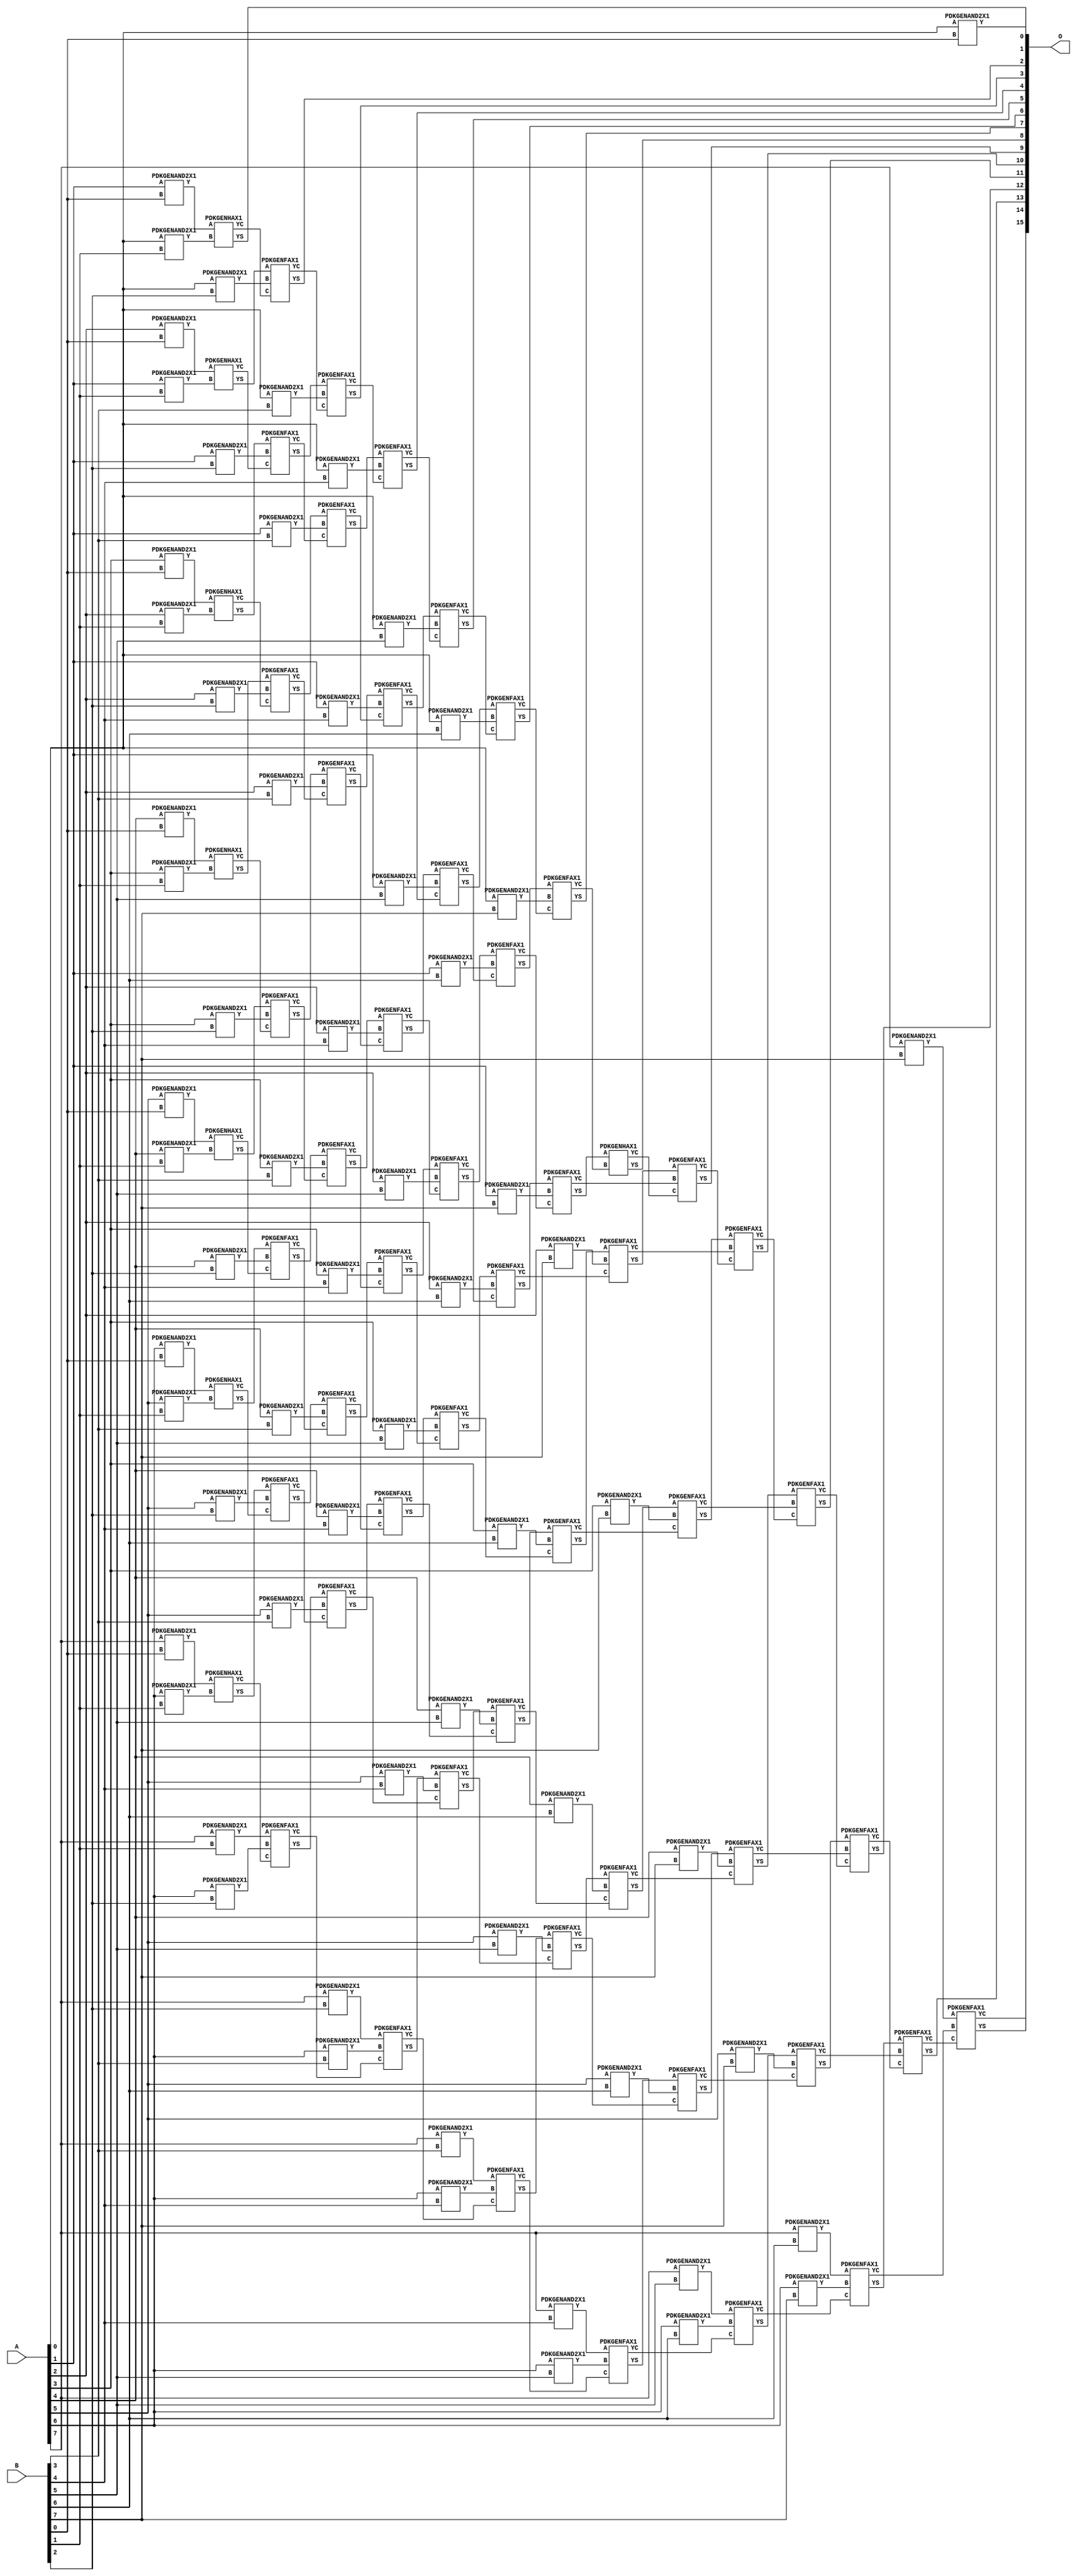
/***
* This code is a part of EvoApproxLib library (ehw.fit.vutbr.cz/approxlib) distributed under The MIT License.
* When used, please cite the following article(s): V. Mrazek, R. Hrbacek, Z. Vasicek and L. Sekanina, "EvoApprox8b: Library of approximate adders and multipliers for circuit design and benchmarking of approximation methods". Design, Automation & Test in Europe Conference & Exhibition (DATE), 2017, Lausanne, 2017, pp. 258-261. doi: 10.23919/DATE.2017.7926993 
* This file contains a circuit from a sub-set of pareto optimal circuits with respect to the pwr and mae parameters
***/
// MAE% = 0.00 %
// MAE = 0 
// WCE% = 0.00 %
// WCE = 0 
// WCRE% = 0.00 %
// EP% = 0.00 %
// MRE% = 0.00 %
// MSE = 0 
// PDK45_PWR = 0.391 mW
// PDK45_AREA = 709.6 um2
// PDK45_DELAY = 1.43 ns



module mul8u_1JJQ(A, B, O);
  input [7:0] A;
  input [7:0] B;
  output [15:0] O;
  wire [2031:0] N;

  assign N[0] = A[0];
  assign N[1] = A[0];
  assign N[2] = A[1];
  assign N[3] = A[1];
  assign N[4] = A[2];
  assign N[5] = A[2];
  assign N[6] = A[3];
  assign N[7] = A[3];
  assign N[8] = A[4];
  assign N[9] = A[4];
  assign N[10] = A[5];
  assign N[11] = A[5];
  assign N[12] = A[6];
  assign N[13] = A[6];
  assign N[14] = A[7];
  assign N[15] = A[7];
  assign N[16] = B[0];
  assign N[17] = B[0];
  assign N[18] = B[1];
  assign N[19] = B[1];
  assign N[20] = B[2];
  assign N[21] = B[2];
  assign N[22] = B[3];
  assign N[23] = B[3];
  assign N[24] = B[4];
  assign N[25] = B[4];
  assign N[26] = B[5];
  assign N[27] = B[5];
  assign N[28] = B[6];
  assign N[29] = B[6];
  assign N[30] = B[7];
  assign N[31] = B[7];

  PDKGENAND2X1 n32(.A(N[0]), .B(N[16]), .Y(N[32]));
  PDKGENAND2X1 n34(.A(N[2]), .B(N[16]), .Y(N[34]));
  PDKGENAND2X1 n36(.A(N[4]), .B(N[16]), .Y(N[36]));
  PDKGENAND2X1 n38(.A(N[6]), .B(N[16]), .Y(N[38]));
  PDKGENAND2X1 n40(.A(N[8]), .B(N[16]), .Y(N[40]));
  PDKGENAND2X1 n42(.A(N[10]), .B(N[16]), .Y(N[42]));
  PDKGENAND2X1 n44(.A(N[12]), .B(N[16]), .Y(N[44]));
  PDKGENAND2X1 n46(.A(N[14]), .B(N[16]), .Y(N[46]));
  PDKGENAND2X1 n48(.A(N[0]), .B(N[18]), .Y(N[48]));
  PDKGENAND2X1 n50(.A(N[2]), .B(N[18]), .Y(N[50]));
  PDKGENAND2X1 n52(.A(N[4]), .B(N[18]), .Y(N[52]));
  PDKGENAND2X1 n54(.A(N[6]), .B(N[18]), .Y(N[54]));
  PDKGENAND2X1 n56(.A(N[8]), .B(N[18]), .Y(N[56]));
  PDKGENAND2X1 n58(.A(N[10]), .B(N[18]), .Y(N[58]));
  PDKGENAND2X1 n60(.A(N[12]), .B(N[18]), .Y(N[60]));
  PDKGENAND2X1 n62(.A(N[14]), .B(N[18]), .Y(N[62]));
  PDKGENHAX1 n64(.A(N[34]), .B(N[48]), .YS(N[64]), .YC(N[65]));
  PDKGENHAX1 n66(.A(N[36]), .B(N[50]), .YS(N[66]), .YC(N[67]));
  PDKGENHAX1 n68(.A(N[38]), .B(N[52]), .YS(N[68]), .YC(N[69]));
  PDKGENHAX1 n70(.A(N[40]), .B(N[54]), .YS(N[70]), .YC(N[71]));
  PDKGENHAX1 n72(.A(N[42]), .B(N[56]), .YS(N[72]), .YC(N[73]));
  PDKGENHAX1 n74(.A(N[44]), .B(N[58]), .YS(N[74]), .YC(N[75]));
  PDKGENHAX1 n76(.A(N[46]), .B(N[60]), .YS(N[76]), .YC(N[77]));
  PDKGENAND2X1 n78(.A(N[0]), .B(N[20]), .Y(N[78]));
  PDKGENAND2X1 n80(.A(N[2]), .B(N[20]), .Y(N[80]));
  PDKGENAND2X1 n82(.A(N[4]), .B(N[20]), .Y(N[82]));
  PDKGENAND2X1 n84(.A(N[6]), .B(N[20]), .Y(N[84]));
  PDKGENAND2X1 n86(.A(N[8]), .B(N[20]), .Y(N[86]));
  PDKGENAND2X1 n88(.A(N[10]), .B(N[20]), .Y(N[88]));
  PDKGENAND2X1 n90(.A(N[12]), .B(N[20]), .Y(N[90]));
  PDKGENAND2X1 n92(.A(N[14]), .B(N[20]), .Y(N[92]));
  PDKGENFAX1 n94(.A(N[66]), .B(N[78]), .C(N[65]), .YS(N[94]), .YC(N[95]));
  PDKGENFAX1 n96(.A(N[68]), .B(N[80]), .C(N[67]), .YS(N[96]), .YC(N[97]));
  PDKGENFAX1 n98(.A(N[70]), .B(N[82]), .C(N[69]), .YS(N[98]), .YC(N[99]));
  PDKGENFAX1 n100(.A(N[72]), .B(N[84]), .C(N[71]), .YS(N[100]), .YC(N[101]));
  PDKGENFAX1 n102(.A(N[74]), .B(N[86]), .C(N[73]), .YS(N[102]), .YC(N[103]));
  PDKGENFAX1 n104(.A(N[76]), .B(N[88]), .C(N[75]), .YS(N[104]), .YC(N[105]));
  PDKGENFAX1 n106(.A(N[62]), .B(N[90]), .C(N[77]), .YS(N[106]), .YC(N[107]));
  PDKGENAND2X1 n108(.A(N[0]), .B(N[22]), .Y(N[108]));
  PDKGENAND2X1 n110(.A(N[2]), .B(N[22]), .Y(N[110]));
  PDKGENAND2X1 n112(.A(N[4]), .B(N[22]), .Y(N[112]));
  PDKGENAND2X1 n114(.A(N[6]), .B(N[22]), .Y(N[114]));
  PDKGENAND2X1 n116(.A(N[8]), .B(N[22]), .Y(N[116]));
  PDKGENAND2X1 n118(.A(N[10]), .B(N[22]), .Y(N[118]));
  PDKGENAND2X1 n120(.A(N[12]), .B(N[22]), .Y(N[120]));
  PDKGENAND2X1 n122(.A(N[14]), .B(N[22]), .Y(N[122]));
  PDKGENFAX1 n124(.A(N[96]), .B(N[108]), .C(N[95]), .YS(N[124]), .YC(N[125]));
  PDKGENFAX1 n126(.A(N[98]), .B(N[110]), .C(N[97]), .YS(N[126]), .YC(N[127]));
  PDKGENFAX1 n128(.A(N[100]), .B(N[112]), .C(N[99]), .YS(N[128]), .YC(N[129]));
  PDKGENFAX1 n130(.A(N[102]), .B(N[114]), .C(N[101]), .YS(N[130]), .YC(N[131]));
  PDKGENFAX1 n132(.A(N[104]), .B(N[116]), .C(N[103]), .YS(N[132]), .YC(N[133]));
  PDKGENFAX1 n134(.A(N[106]), .B(N[118]), .C(N[105]), .YS(N[134]), .YC(N[135]));
  PDKGENFAX1 n136(.A(N[92]), .B(N[120]), .C(N[107]), .YS(N[136]), .YC(N[137]));
  PDKGENAND2X1 n138(.A(N[0]), .B(N[24]), .Y(N[138]));
  PDKGENAND2X1 n140(.A(N[2]), .B(N[24]), .Y(N[140]));
  PDKGENAND2X1 n142(.A(N[4]), .B(N[24]), .Y(N[142]));
  PDKGENAND2X1 n144(.A(N[6]), .B(N[24]), .Y(N[144]));
  PDKGENAND2X1 n146(.A(N[8]), .B(N[24]), .Y(N[146]));
  PDKGENAND2X1 n148(.A(N[10]), .B(N[24]), .Y(N[148]));
  PDKGENAND2X1 n150(.A(N[12]), .B(N[24]), .Y(N[150]));
  PDKGENAND2X1 n152(.A(N[14]), .B(N[24]), .Y(N[152]));
  PDKGENFAX1 n154(.A(N[126]), .B(N[138]), .C(N[125]), .YS(N[154]), .YC(N[155]));
  PDKGENFAX1 n156(.A(N[128]), .B(N[140]), .C(N[127]), .YS(N[156]), .YC(N[157]));
  PDKGENFAX1 n158(.A(N[130]), .B(N[142]), .C(N[129]), .YS(N[158]), .YC(N[159]));
  PDKGENFAX1 n160(.A(N[132]), .B(N[144]), .C(N[131]), .YS(N[160]), .YC(N[161]));
  PDKGENFAX1 n162(.A(N[134]), .B(N[146]), .C(N[133]), .YS(N[162]), .YC(N[163]));
  PDKGENFAX1 n164(.A(N[136]), .B(N[148]), .C(N[135]), .YS(N[164]), .YC(N[165]));
  PDKGENFAX1 n166(.A(N[122]), .B(N[150]), .C(N[137]), .YS(N[166]), .YC(N[167]));
  PDKGENAND2X1 n168(.A(N[0]), .B(N[26]), .Y(N[168]));
  PDKGENAND2X1 n170(.A(N[2]), .B(N[26]), .Y(N[170]));
  PDKGENAND2X1 n172(.A(N[4]), .B(N[26]), .Y(N[172]));
  PDKGENAND2X1 n174(.A(N[6]), .B(N[26]), .Y(N[174]));
  PDKGENAND2X1 n176(.A(N[8]), .B(N[26]), .Y(N[176]));
  PDKGENAND2X1 n178(.A(N[10]), .B(N[26]), .Y(N[178]));
  PDKGENAND2X1 n180(.A(N[12]), .B(N[26]), .Y(N[180]));
  PDKGENAND2X1 n182(.A(N[14]), .B(N[26]), .Y(N[182]));
  PDKGENFAX1 n184(.A(N[156]), .B(N[168]), .C(N[155]), .YS(N[184]), .YC(N[185]));
  PDKGENFAX1 n186(.A(N[158]), .B(N[170]), .C(N[157]), .YS(N[186]), .YC(N[187]));
  PDKGENFAX1 n188(.A(N[160]), .B(N[172]), .C(N[159]), .YS(N[188]), .YC(N[189]));
  PDKGENFAX1 n190(.A(N[162]), .B(N[174]), .C(N[161]), .YS(N[190]), .YC(N[191]));
  PDKGENFAX1 n192(.A(N[164]), .B(N[176]), .C(N[163]), .YS(N[192]), .YC(N[193]));
  PDKGENFAX1 n194(.A(N[166]), .B(N[178]), .C(N[165]), .YS(N[194]), .YC(N[195]));
  PDKGENFAX1 n196(.A(N[152]), .B(N[180]), .C(N[167]), .YS(N[196]), .YC(N[197]));
  PDKGENAND2X1 n198(.A(N[0]), .B(N[28]), .Y(N[198]));
  PDKGENAND2X1 n200(.A(N[2]), .B(N[28]), .Y(N[200]));
  PDKGENAND2X1 n202(.A(N[4]), .B(N[28]), .Y(N[202]));
  PDKGENAND2X1 n204(.A(N[6]), .B(N[28]), .Y(N[204]));
  PDKGENAND2X1 n206(.A(N[8]), .B(N[28]), .Y(N[206]));
  PDKGENAND2X1 n208(.A(N[10]), .B(N[28]), .Y(N[208]));
  PDKGENAND2X1 n210(.A(N[12]), .B(N[28]), .Y(N[210]));
  PDKGENAND2X1 n212(.A(N[14]), .B(N[28]), .Y(N[212]));
  PDKGENFAX1 n214(.A(N[186]), .B(N[198]), .C(N[185]), .YS(N[214]), .YC(N[215]));
  PDKGENFAX1 n216(.A(N[188]), .B(N[200]), .C(N[187]), .YS(N[216]), .YC(N[217]));
  PDKGENFAX1 n218(.A(N[190]), .B(N[202]), .C(N[189]), .YS(N[218]), .YC(N[219]));
  PDKGENFAX1 n220(.A(N[192]), .B(N[204]), .C(N[191]), .YS(N[220]), .YC(N[221]));
  PDKGENFAX1 n222(.A(N[194]), .B(N[206]), .C(N[193]), .YS(N[222]), .YC(N[223]));
  PDKGENFAX1 n224(.A(N[196]), .B(N[208]), .C(N[195]), .YS(N[224]), .YC(N[225]));
  PDKGENFAX1 n226(.A(N[182]), .B(N[210]), .C(N[197]), .YS(N[226]), .YC(N[227]));
  PDKGENAND2X1 n228(.A(N[0]), .B(N[30]), .Y(N[228]));
  PDKGENAND2X1 n230(.A(N[2]), .B(N[30]), .Y(N[230]));
  PDKGENAND2X1 n232(.A(N[4]), .B(N[30]), .Y(N[232]));
  PDKGENAND2X1 n234(.A(N[6]), .B(N[30]), .Y(N[234]));
  PDKGENAND2X1 n236(.A(N[8]), .B(N[30]), .Y(N[236]));
  PDKGENAND2X1 n238(.A(N[10]), .B(N[30]), .Y(N[238]));
  PDKGENAND2X1 n240(.A(N[12]), .B(N[30]), .Y(N[240]));
  PDKGENAND2X1 n242(.A(N[14]), .B(N[30]), .Y(N[242]));
  PDKGENFAX1 n244(.A(N[216]), .B(N[228]), .C(N[215]), .YS(N[244]), .YC(N[245]));
  PDKGENFAX1 n246(.A(N[218]), .B(N[230]), .C(N[217]), .YS(N[246]), .YC(N[247]));
  PDKGENFAX1 n248(.A(N[220]), .B(N[232]), .C(N[219]), .YS(N[248]), .YC(N[249]));
  PDKGENFAX1 n250(.A(N[222]), .B(N[234]), .C(N[221]), .YS(N[250]), .YC(N[251]));
  PDKGENFAX1 n252(.A(N[224]), .B(N[236]), .C(N[223]), .YS(N[252]), .YC(N[253]));
  PDKGENFAX1 n254(.A(N[226]), .B(N[238]), .C(N[225]), .YS(N[254]), .YC(N[255]));
  PDKGENFAX1 n256(.A(N[212]), .B(N[240]), .C(N[227]), .YS(N[256]), .YC(N[257]));
  PDKGENHAX1 n258(.A(N[246]), .B(N[245]), .YS(N[258]), .YC(N[259]));
  PDKGENFAX1 n260(.A(N[248]), .B(N[247]), .C(N[259]), .YS(N[260]), .YC(N[261]));
  PDKGENFAX1 n262(.A(N[250]), .B(N[249]), .C(N[261]), .YS(N[262]), .YC(N[263]));
  PDKGENFAX1 n264(.A(N[252]), .B(N[251]), .C(N[263]), .YS(N[264]), .YC(N[265]));
  PDKGENFAX1 n266(.A(N[254]), .B(N[253]), .C(N[265]), .YS(N[266]), .YC(N[267]));
  PDKGENFAX1 n268(.A(N[256]), .B(N[255]), .C(N[267]), .YS(N[268]), .YC(N[269]));
  PDKGENFAX1 n270(.A(N[242]), .B(N[257]), .C(N[269]), .YS(N[270]), .YC(N[271]));

  assign O[0] = N[32];
  assign O[1] = N[64];
  assign O[2] = N[94];
  assign O[3] = N[124];
  assign O[4] = N[154];
  assign O[5] = N[184];
  assign O[6] = N[214];
  assign O[7] = N[244];
  assign O[8] = N[258];
  assign O[9] = N[260];
  assign O[10] = N[262];
  assign O[11] = N[264];
  assign O[12] = N[266];
  assign O[13] = N[268];
  assign O[14] = N[270];
  assign O[15] = N[271];

endmodule


/* mod */
module PDKGENHAX1( input A, input B, output YS, output YC );
    assign YS = A ^ B;
    assign YC = A & B;
endmodule
/* mod */
module PDKGENAND2X1(input A, input B, output Y );
     assign Y = A & B;
endmodule
/* mod */
module PDKGENFAX1( input A, input B, input C, output YS, output YC );
    assign YS = (A ^ B) ^ C;
    assign YC = (A & B) | (B & C) | (A & C);
endmodule